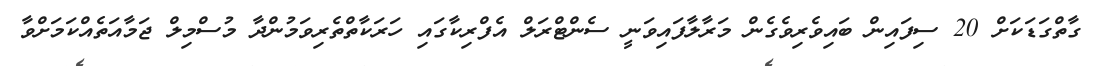
ގާތްގަޑަކަށް 20 ސިފައިން ބައިވެރިވެގެން މަރާލާފައިވަނީ ސެންޓްރަލް އެފްރިކާގައި ހަރަކާތްތެރިވަމުންދާ މުސްމިލް ޖަމާއަތެއްކަމަށްވާ